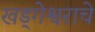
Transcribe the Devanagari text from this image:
खड्गेश्वराचे